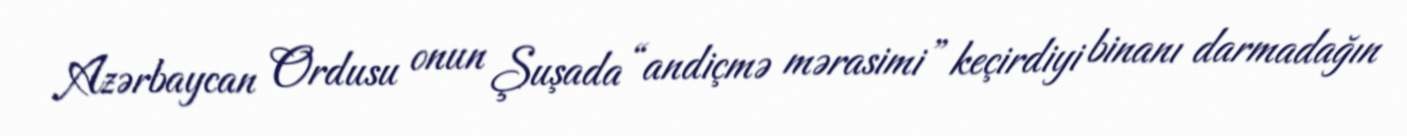
Azərbaycan Ordusu onun Şuşada “andiçmə mərasimi” keçirdiyi binanı darmadağın